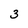
Character: 3